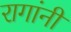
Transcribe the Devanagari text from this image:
रागांनी